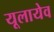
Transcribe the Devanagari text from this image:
यूलायेव